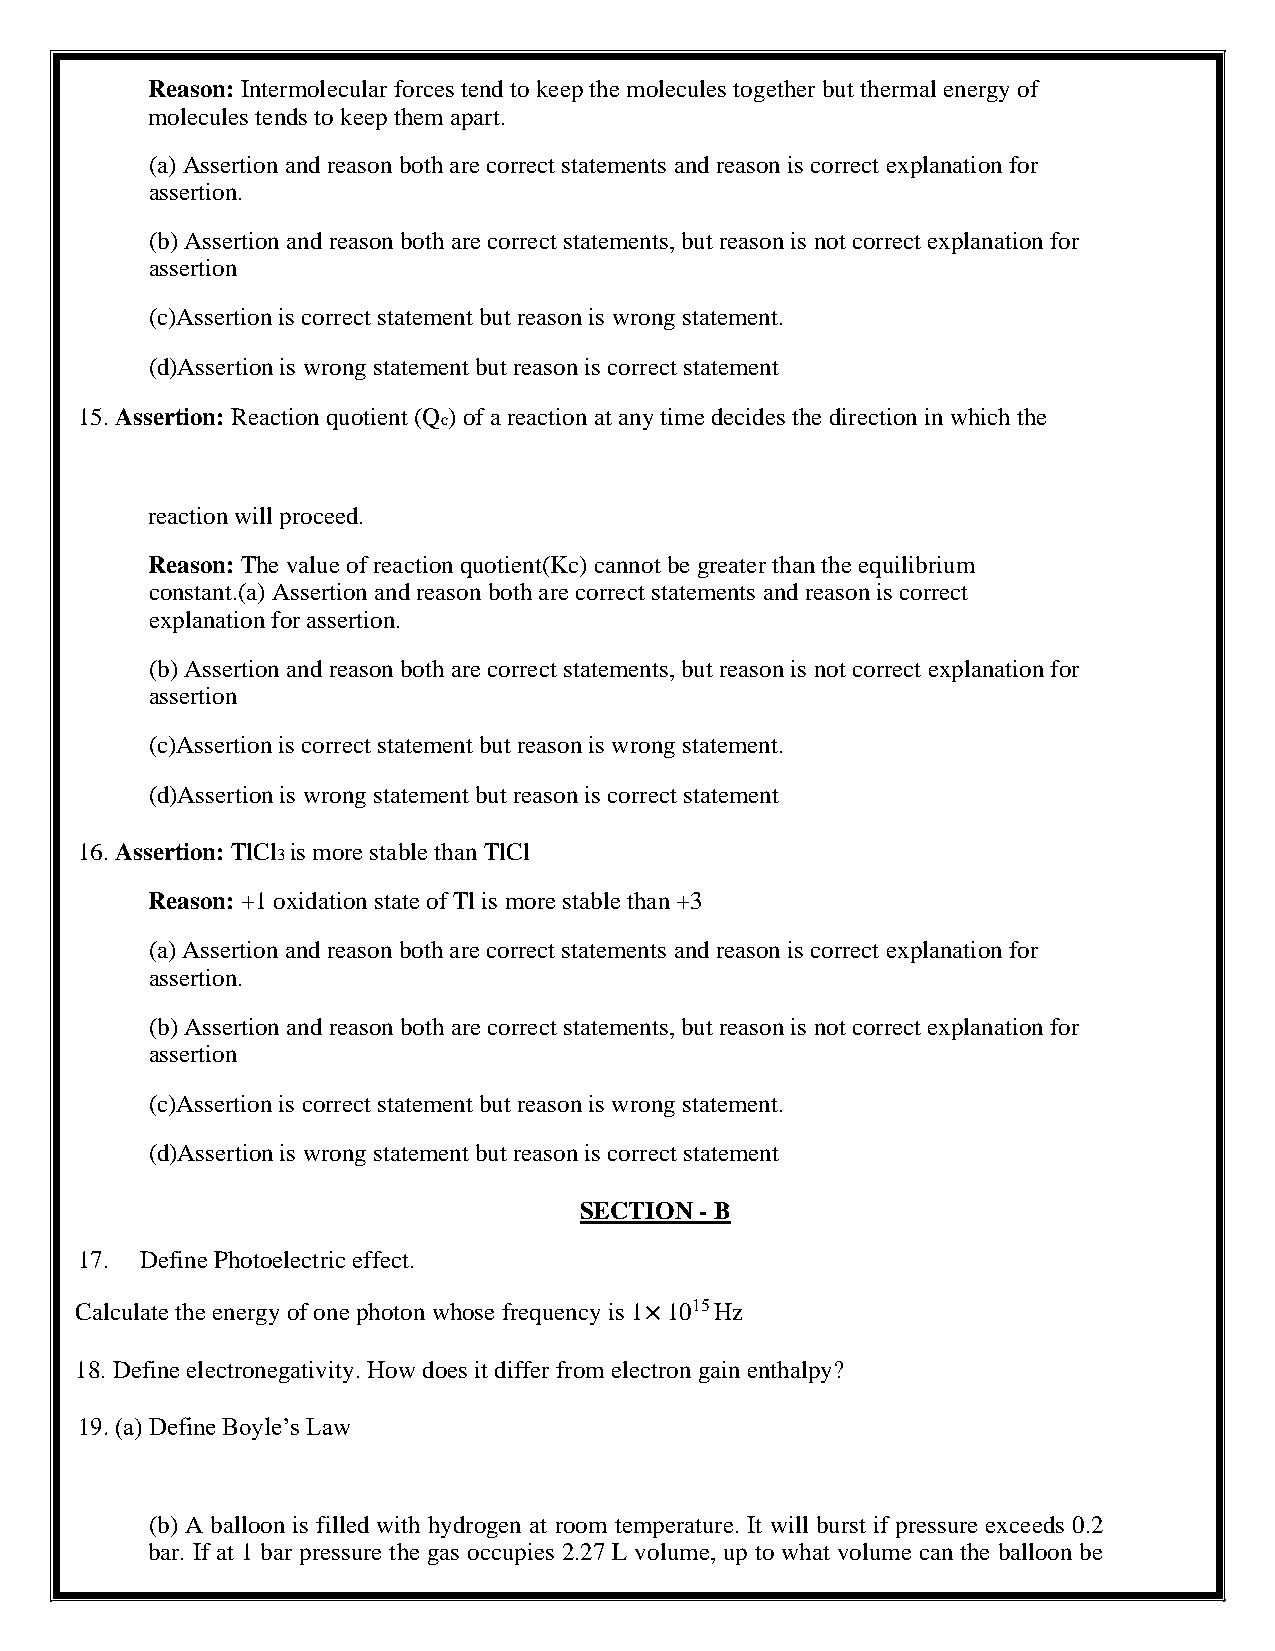
Reason: Intermolecular forces tend to keep the molecules together but thermal energy of
 molecules tends to keep them apart.
 (a) Assertion and reason both are correct statements and reason is correct explanation for
 assertion.
 (b) Assertion and reason both are correct statements, but reason is not correct explanation for
 assertion
 (c)Assertion is correct statement but reason is wrong statement.
 (d)Assertion is wrong statement but reason is correct statement
 15. Assertion: Reaction quotient (Q ) of a reaction at any time decides the direction in which the
 c
 reaction will proceed.
 Reason: The value of reaction quotient(Kc) cannot be greater than the equilibrium
 constant.(a) Assertion and reason both are correct statements and reason is correct
 explanation for assertion.
 (b) Assertion and reason both are correct statements, but reason is not correct explanation for
 assertion
 (c)Assertion is correct statement but reason is wrong statement.
 (d)Assertion is wrong statement but reason is correct statement
 16. Assertion: TlCl is more stable than TlCl
 3
 Reason: +1 oxidation state of Tl is more stable than +3
 (a) Assertion and reason both are correct statements and reason is correct explanation for
 assertion.
 (b) Assertion and reason both are correct statements, but reason is not correct explanation for
 assertion
 (c)Assertion is correct statement but reason is wrong statement.
 (d)Assertion is wrong statement but reason is correct statement
 SECTION - B
 17. Define Photoelectric effect.
 Calculate the energy of one photon whose frequency is 1× 1015 Hz
 18. Define electronegativity. How does it differ from electron gain enthalpy?
 19. (a) Define Boyle’s Law
 (b) A balloon is filled with hydrogen at room temperature. It will burst if pressure exceeds 0.2
 bar. If at 1 bar pressure the gas occupies 2.27 L volume, up to what volume can the balloon be